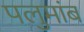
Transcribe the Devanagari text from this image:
पलुमांब